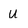
Character: U